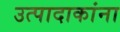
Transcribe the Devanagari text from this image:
उत्पादाकांना